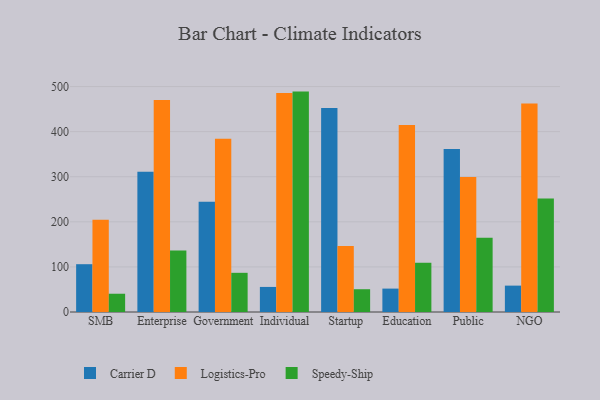
{"axis": {"x": "Segment", "y": "Population (Million)"}, "legend": ["Carrier D", "Logistics-Pro", "Speedy-Ship"], "data": [{"x": "SMB", "y": 106.0, "type": "Carrier D"}, {"x": "SMB", "y": 204.8, "type": "Logistics-Pro"}, {"x": "SMB", "y": 40.5, "type": "Speedy-Ship"}, {"x": "Enterprise", "y": 311.1, "type": "Carrier D"}, {"x": "Enterprise", "y": 470.0, "type": "Logistics-Pro"}, {"x": "Enterprise", "y": 136.4, "type": "Speedy-Ship"}, {"x": "Government", "y": 244.6, "type": "Carrier D"}, {"x": "Government", "y": 384.3, "type": "Logistics-Pro"}, {"x": "Government", "y": 86.9, "type": "Speedy-Ship"}, {"x": "Individual", "y": 55.6, "type": "Carrier D"}, {"x": "Individual", "y": 485.5, "type": "Logistics-Pro"}, {"x": "Individual", "y": 488.8, "type": "Speedy-Ship"}, {"x": "Startup", "y": 452.3, "type": "Carrier D"}, {"x": "Startup", "y": 146.5, "type": "Logistics-Pro"}, {"x": "Startup", "y": 50.5, "type": "Speedy-Ship"}, {"x": "Education", "y": 51.9, "type": "Carrier D"}, {"x": "Education", "y": 415.0, "type": "Logistics-Pro"}, {"x": "Education", "y": 109.2, "type": "Speedy-Ship"}, {"x": "Public", "y": 361.3, "type": "Carrier D"}, {"x": "Public", "y": 299.5, "type": "Logistics-Pro"}, {"x": "Public", "y": 164.8, "type": "Speedy-Ship"}, {"x": "NGO", "y": 58.5, "type": "Carrier D"}, {"x": "NGO", "y": 462.6, "type": "Logistics-Pro"}, {"x": "NGO", "y": 251.6, "type": "Speedy-Ship"}]}